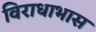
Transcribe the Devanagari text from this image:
विराधाभास